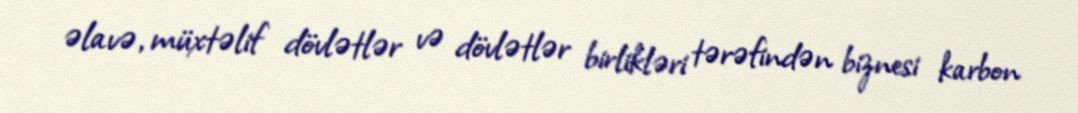
əlavə, müxtəlif dövlətlər və dövlətlər birlikləri tərəfindən biznesi karbon